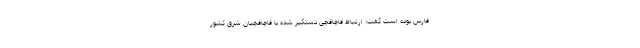
فارس بوده است گفت: ارتباط قاچاقچی دستگیر شده با قاچاقچیان شرق کشور